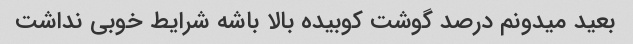
بعید میدونم درصد گوشت کوبیده بالا باشه شرایط خوبی نداشت